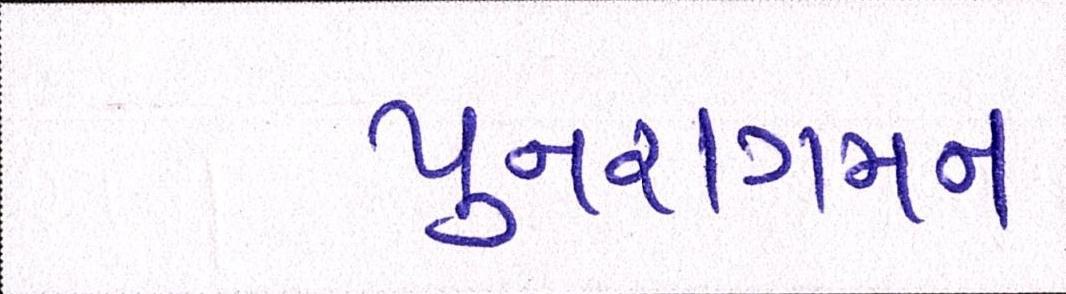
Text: પુનરાગમન